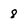
Character: 8